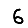
Digit: 6